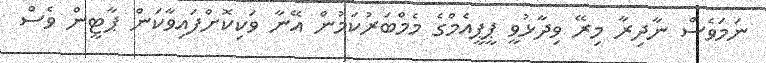
ނަމަވެސް ނާދިރާ މިރޭ ވިދާޅުވީ ޕީޕީއެމްގެ މެމްބަރުކަމުން އޭނާ ވަކިކޮށްފައިވާކަން ޕާޓީން ވެސް